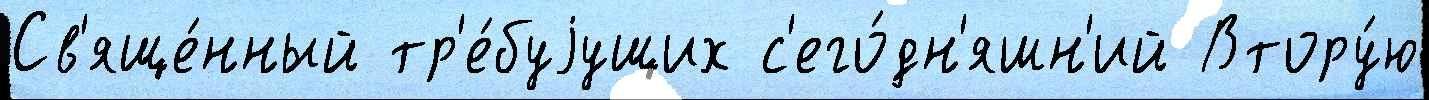
Св'яще́нный тр'е́буjущих с'его́дн'яшн'ий Втору́ю